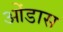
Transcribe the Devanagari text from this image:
ओंडास